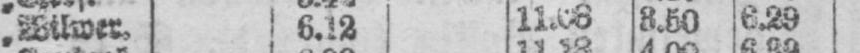
„ Wilwer. 6.12 11.08 8.50 6.29